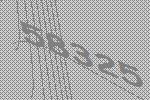
58325